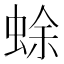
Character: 蜍